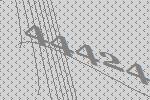
44424